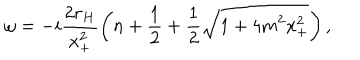
\omega = - i \frac { 2 r _ { H } } { x _ { + } ^ { 2 } } \left( n + \frac { 1 } { 2 } + \frac { 1 } { 2 } \sqrt { 1 + 4 m ^ { 2 } x _ { + } ^ { 2 } } \right) ,